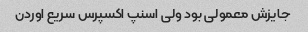
جایزش معمولی بود ولی اسنپ اکسپرس سریع اوردن